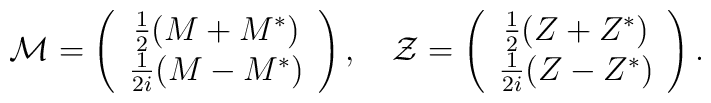
{\mathcal M} = \left( \begin{array}{c} \frac 12 (M+M^{*}) \\ \frac 1{2i}(M-M^{*})\end{array} \right) , \quad  {\mathcal Z} = \left( \begin{array}{c} \frac 12 (Z+Z^{*}) \\ \frac 1{2i}(Z-Z^{*}) \end{array} \right).